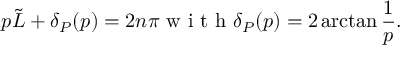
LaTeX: p \tilde { L } + \delta _ { P } ( p ) = 2 n \pi \textrm { w i t h } \delta _ { P } ( p ) = 2 \arctan \frac { 1 } { p } .